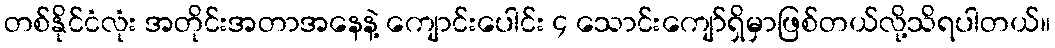
တစ်နိုင်ငံလုံး အတိုင်းအတာအနေနဲ့ ကျောင်းပေါင်း ၄ သောင်းကျော်ရှိမှာဖြစ်တယ်လို့သိရပါတယ်။